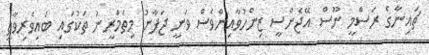
ޗައިނާގެ ރަސްމީ ނޫސް އޭޖެންސީ ޒިންހުވާއިންވެސް ވަނީ ޖަޕާނު މިތަމްރީނު ތަކުގައި ބައިވެރިވާތީ